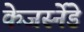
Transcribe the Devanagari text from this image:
केजर्स्नेडे